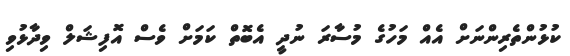
ކުޅުންތެރިންނަށް އެއް މަހުގެ މުސާރަ ނުދީ އެބޮތް ކަމަށް ވެސް އޮފިޝަލް ވިދާޅުވި